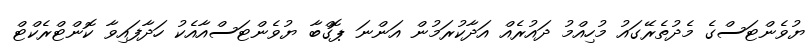
ޔުވެންޓަސްގެ މެދުތެރޭގައު މުހިއްމު ދައުރެއް އަދާކުރަމުން އަންނަ ޕޮގްބާ ޔުވެންޓަސްއާއެކު ހަދާފައިވާ ކޮންޓްރެކްޓް